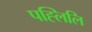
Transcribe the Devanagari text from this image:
पह्लिलि